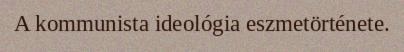
A kommunista ideológia eszmetörténete.